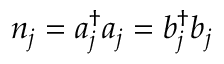
{ n } _ { j } = { a } _ { j } ^ { \dagger } { a } _ { j } = { b } _ { j } ^ { \dagger } { b } _ { j }